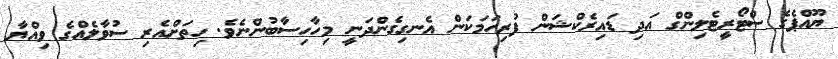
ޔޫއްޕެގެ ސްޓޯރީޓެލިންގް އަދި ޑައިރެކްޝަން ފުރިހަމަކަން އެނގިގެންދަނީ މިހާހިސާބުންނެވެ. ހިތަށްއެރި ސުވާލެއްގެ ވިއްޔާ